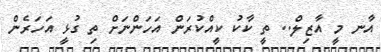
އާނ މީ އާޒިލް.. ތީ ކާކު ކީއްކުރަން އަހަންނަށް ތި ގުޅީ އަހަރެން